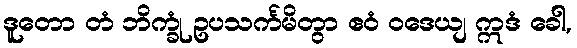
ဒူတော တံ ဘိက္ခုံ ဥပသင်္ကမိတွာ ဧဝံ ဝဒေယျ ဣဒံ ခေါ,